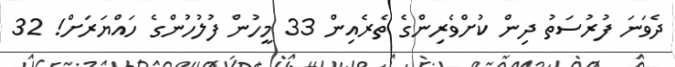
ދެވަނަ ފުރުސަތު ދިން ކުށްވެރިންގެ ތެރެއިން 33 މީހުން ފުލުހުންގެ ހައްޔަރަށް! 32